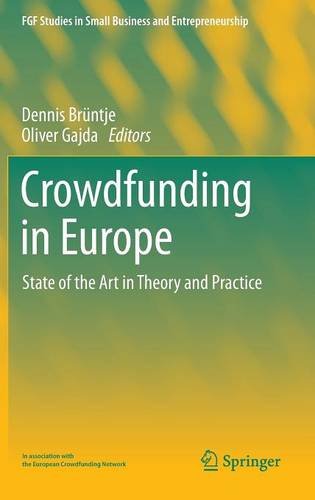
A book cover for Crowdfunding in Europe: State of the Art in Theory and Practice (FGF Studies in Small Business and Entrepreneurship); Business & Money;